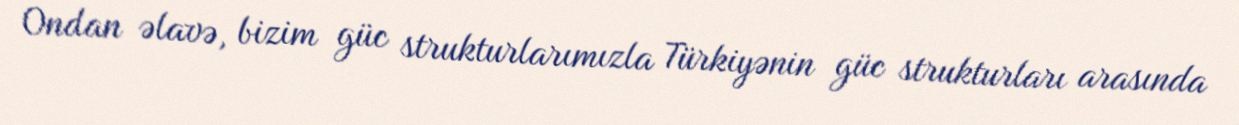
Ondan əlavə, bizim güc strukturlarımızla Türkiyənin güc strukturları arasında